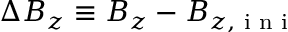
\Delta B _ { z } \equiv B _ { z } - B _ { z , \textrm { i n i } }